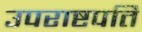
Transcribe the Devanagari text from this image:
उपराष्टपति